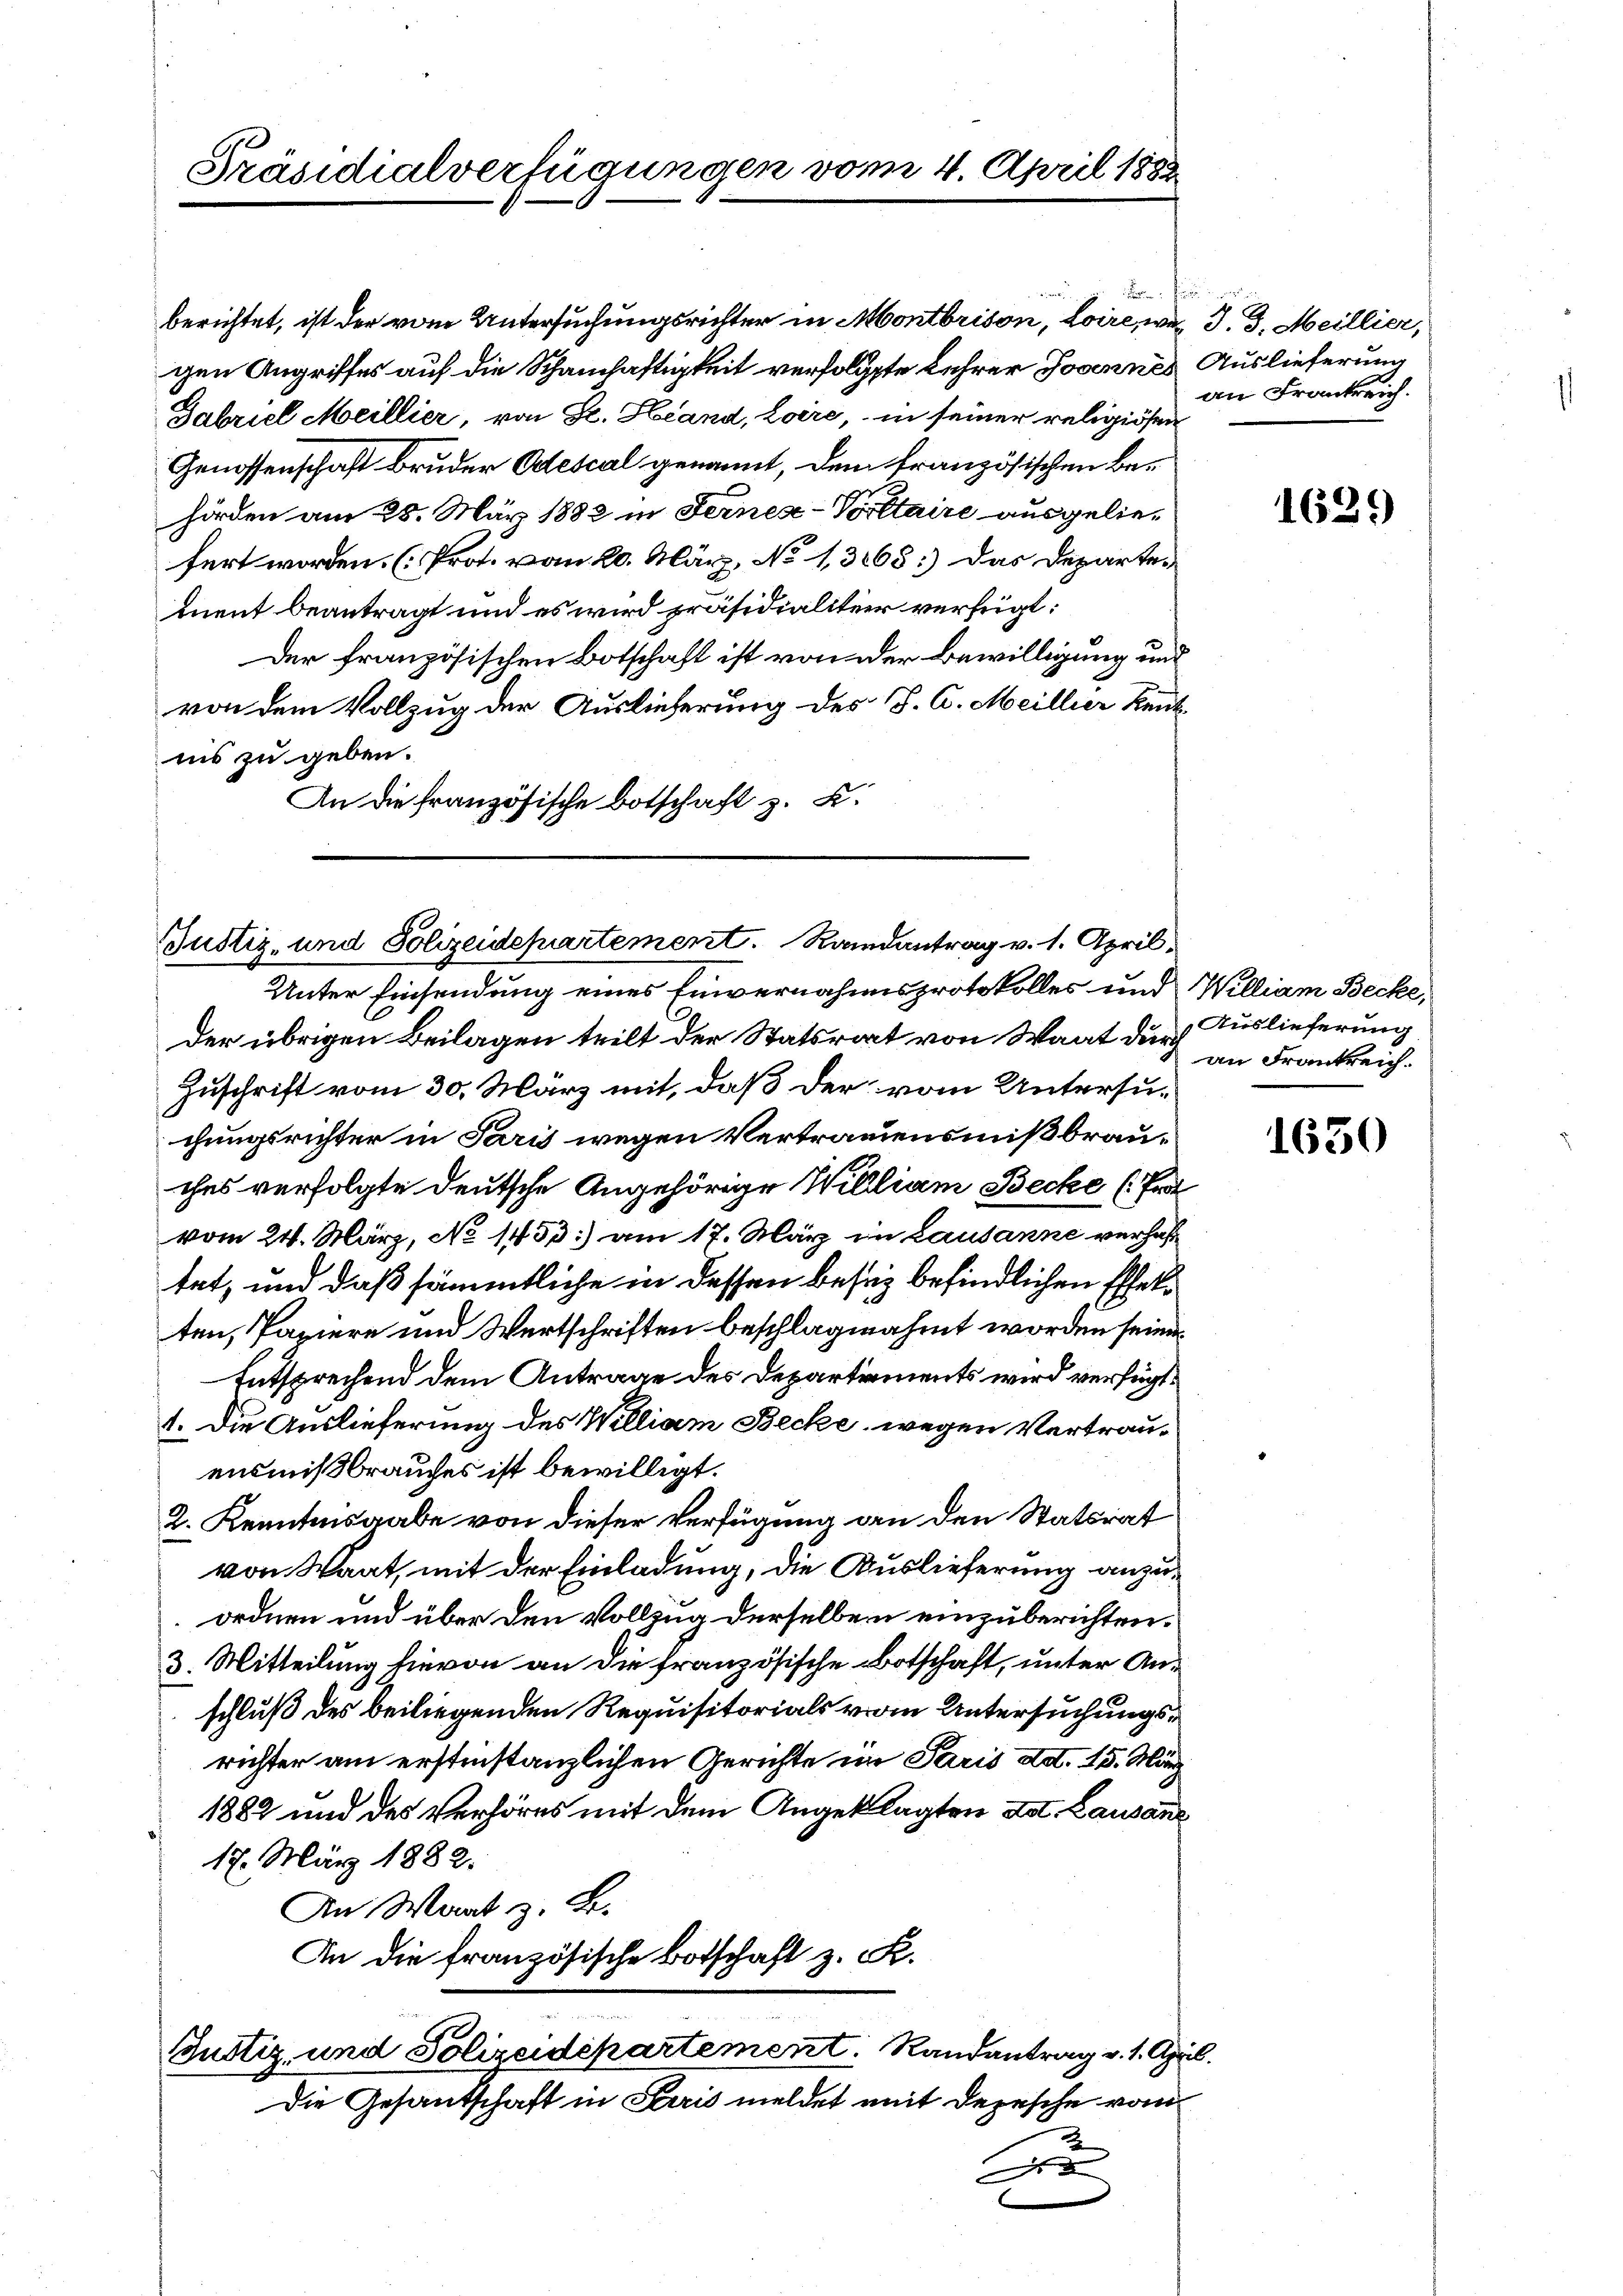
Präsidialverfügungen vom 4. April 1882

berichtet, ist der vom Untersuchungsrichter in Montbrison, Loire, wenn d. 3. Meillier,
gen Angriffes auf die Schanschaftigkeit verfolgte Lehrer Josennes Auslieferung
Gabriel Meillier, von Sr. Hand, Loire, in seiner religiösen
Genossenschaft Bruder Odescal genannt, dem französischen Behörden am 25. März 1882 in Fernen-Vorttaire ausgeliefert worden. (Prof. vom 20. März, No 1,3168.) Das Departe-
ment beantragt und es wird präsidialitier verfügt:
Der französischen Botschaft ist von der Bewilligung und
von dem Vollzug der Auslieferung des 18. A. Meillier kentnis zu geben.
An die französische Botschaft z. K.

Justiz- und Polizeidepartement. Randantrag v. 1. April.
Unter Einsendung eines Einvernahmsprotokolles und William Becke,

der übrigen Beilagen teilt der Statsrat von Waat der an Frankreich
Zuschrift vom 30. März mit, daß der vom Untersuchungsrichter in Paris wegen Vertrauensmißbrauches verfolgte deutsche Angehörige William Becke (Fra
vom 24. März, No 1433:) am 17. März in Lausanne verhal
tet, und daß sämmtliche in dessen besez befindlichen Effekten, Papiere und Wertschriften beschlagnahmt worden sein.
Entsprechend dem Antrage des Departements wird verfügt:
1. Die Auslieferung des William Becke wegen Vertrauensmißbrauches ist bewilligt.
2. Kenntnisgabe von dieser Verfügung an den Statsrat
von Waat, mit der Einladung, die Auslieferung anzuordnen und über den Vollzug derselben einzuberichten.
3. Mitteilung hievon an die französische Botschaft, unter Anschluß des beiliegenden Requisitorials vom Untersuchungsrichter am erstinstanzlichen Gerichte im Paris ad. 15. März
1882 und des Verhöres mit dem Angeklagten Lot. Lausann
17. März 1882.
An Wart z. B.
In die französische Botschaft z. K.
Bustiz, und Polizeidepartement. Randantrag v. 1. April.
Die Gesandschaft in Paris meldet mit Depesche vom

f
eege

2

an Frankreich.

1639

Auslieferung

1630